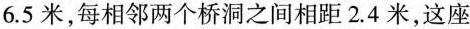
6.5米，每相邻两个桥洞之间相距2.4米，这座